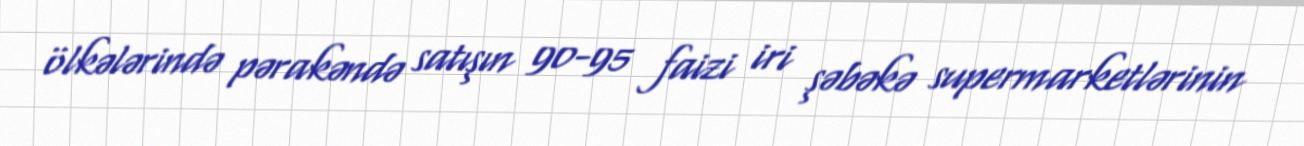
ölkələrində pərakəndə satışın 90-95 faizi iri şəbəkə supermarketlərinin